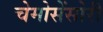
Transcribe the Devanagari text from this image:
चेमोसेंसोरी